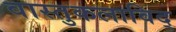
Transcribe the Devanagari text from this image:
वास्तुकलाविद्